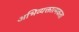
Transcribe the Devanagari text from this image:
अभिव्यक्तात्मकता